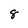
Character: 8